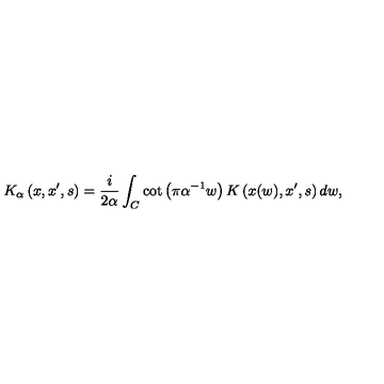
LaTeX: K _ { \alpha } \left( x , x ^ { \prime } , s \right) = { \frac { i } { 2 \alpha } } \int _ { C } \cot \left( \pi \alpha ^ { - 1 } w \right) K \left( x ( w ) , x ^ { \prime } , s \right) d w ,